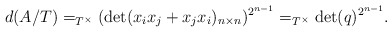
\begin{align*}d(A/T)=_{T^\times} (\det (x_ix_j+x_jx_i)_{n\times n})^{2^{n-1}}=_{T^\times} \det (q)^{2^{n-1}}.\end{align*}